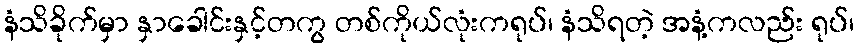
နံသိခိုက်မှာ နှာခေါင်းနှင့်တကွ တစ်ကိုယ်လုံးကရုပ်၊ နံသိရတဲ့ အနံ့ကလည်း ရုပ်၊